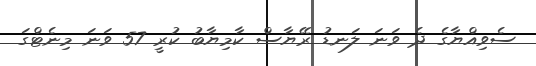
ސެވިއްޔާގެ ދެ ވަނަ ލަނޑު ރޭޔާސް ކާމިޔާބު ކުރީ 57 ވަނަ މިނެެޓްގަ